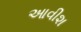
આવીશ